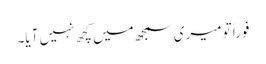
فوراً تو میری سمجھ میں کچھ نہیں آیا۔